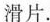
滑片.